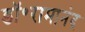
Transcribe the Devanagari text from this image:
डॉ॰रामानंद